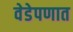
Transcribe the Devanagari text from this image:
वेडेपणात